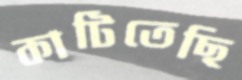
কাটিতেছি